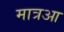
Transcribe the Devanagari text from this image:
मात्रआ